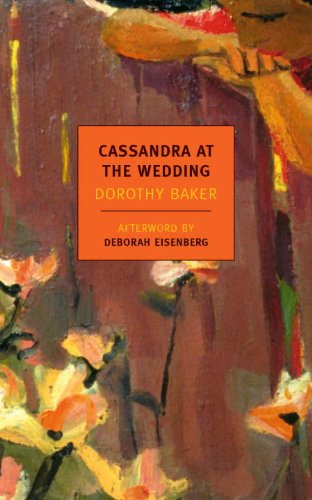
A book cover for Cassandra at the Wedding (New York Review Books Classics); Dorothy Baker; Romance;